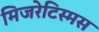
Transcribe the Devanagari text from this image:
मिजरेटिस्मस